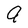
Character: a